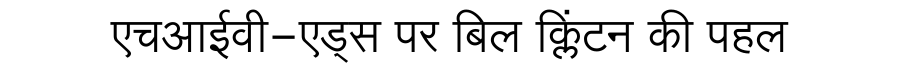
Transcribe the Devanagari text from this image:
एचआईवी-एड्स पर बिल क्लिंटन की पहल